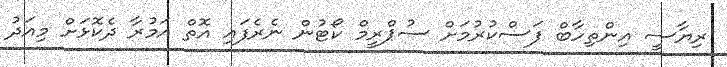
ރިޔާސީ އިންތިހާބް ފަސްކުރުމަށް ސުޕްރީމް ކޯޓުން ނެރެފައި އޮތް އަމުރާ ދެކޮޅަށް މިއަދު